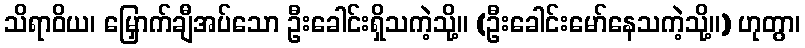
သိရာဝိယ၊ မြှောက်ချီအပ်သော ဦးခေါင်းရှိသကဲ့သို့။ (ဦးခေါင်းမော်နေသကဲ့သို့။) ဟုတွာ၊